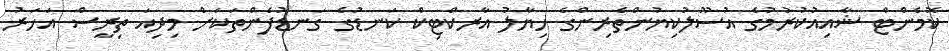
ކޮމެންޓް ޝާއިއުކުރުމުގެ އުސޫލުކިޔުންތެރިންގެ ހިޔާލު އާރކްޓިކް ކަނޑުގެ ގަނޑުފެންތަކަށް މިދިއަ ތިރީސް އަހަރު